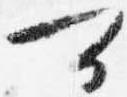
可